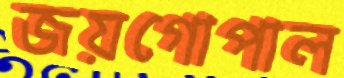
জয়গোপাল